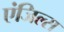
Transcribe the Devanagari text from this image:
एंजिल्स